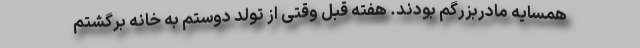
همسایه مادربزرگم بودند. هفته قبل وقتی از تولد دوستم به خانه برگشتم